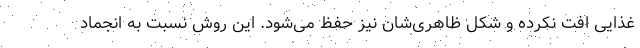
غذایی افت نکرده و شکل ظاهری‌شان نیز حفظ می‌شود. این روش نسبت به انجماد